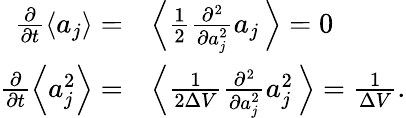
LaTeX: \begin{array}{rl}{\frac{\partial}{\partial t}\left\langle a_{j}\right\rangle=}&{\left\langle\frac{1}{2}\frac{\partial^{2}}{\partial a_{j}^{2}}a_{j}\, \right\rangle=0}\\ {\frac{\partial}{\partial t}\left\langle a_{j}^{2}\right\rangle=}&{\left\langle\frac{1}{2\Delta V}\frac{\partial^{2}}{\partial a_{j}^{2}}a_{j}^{2}\, \right\rangle=\frac{1}{\Delta V}.}\end{array}